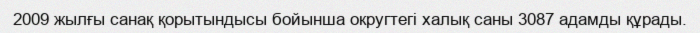
2009 жылғы санақ қорытындысы бойынша округтегі халық саны 3087 адамды құрады.